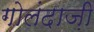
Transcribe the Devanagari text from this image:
गोलंदाज़ी